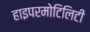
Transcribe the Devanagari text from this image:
हाइपरमोटिलिटी